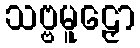
သဗ္ဗမူဠှော